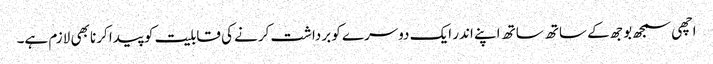
اچھی سمجھ بوجھ کے ساتھ ساتھ اپنے اندر ایک دوسرے کو برداشت کرنے کی قابلیت کو پیدا کرنا بھی لازم ہے۔